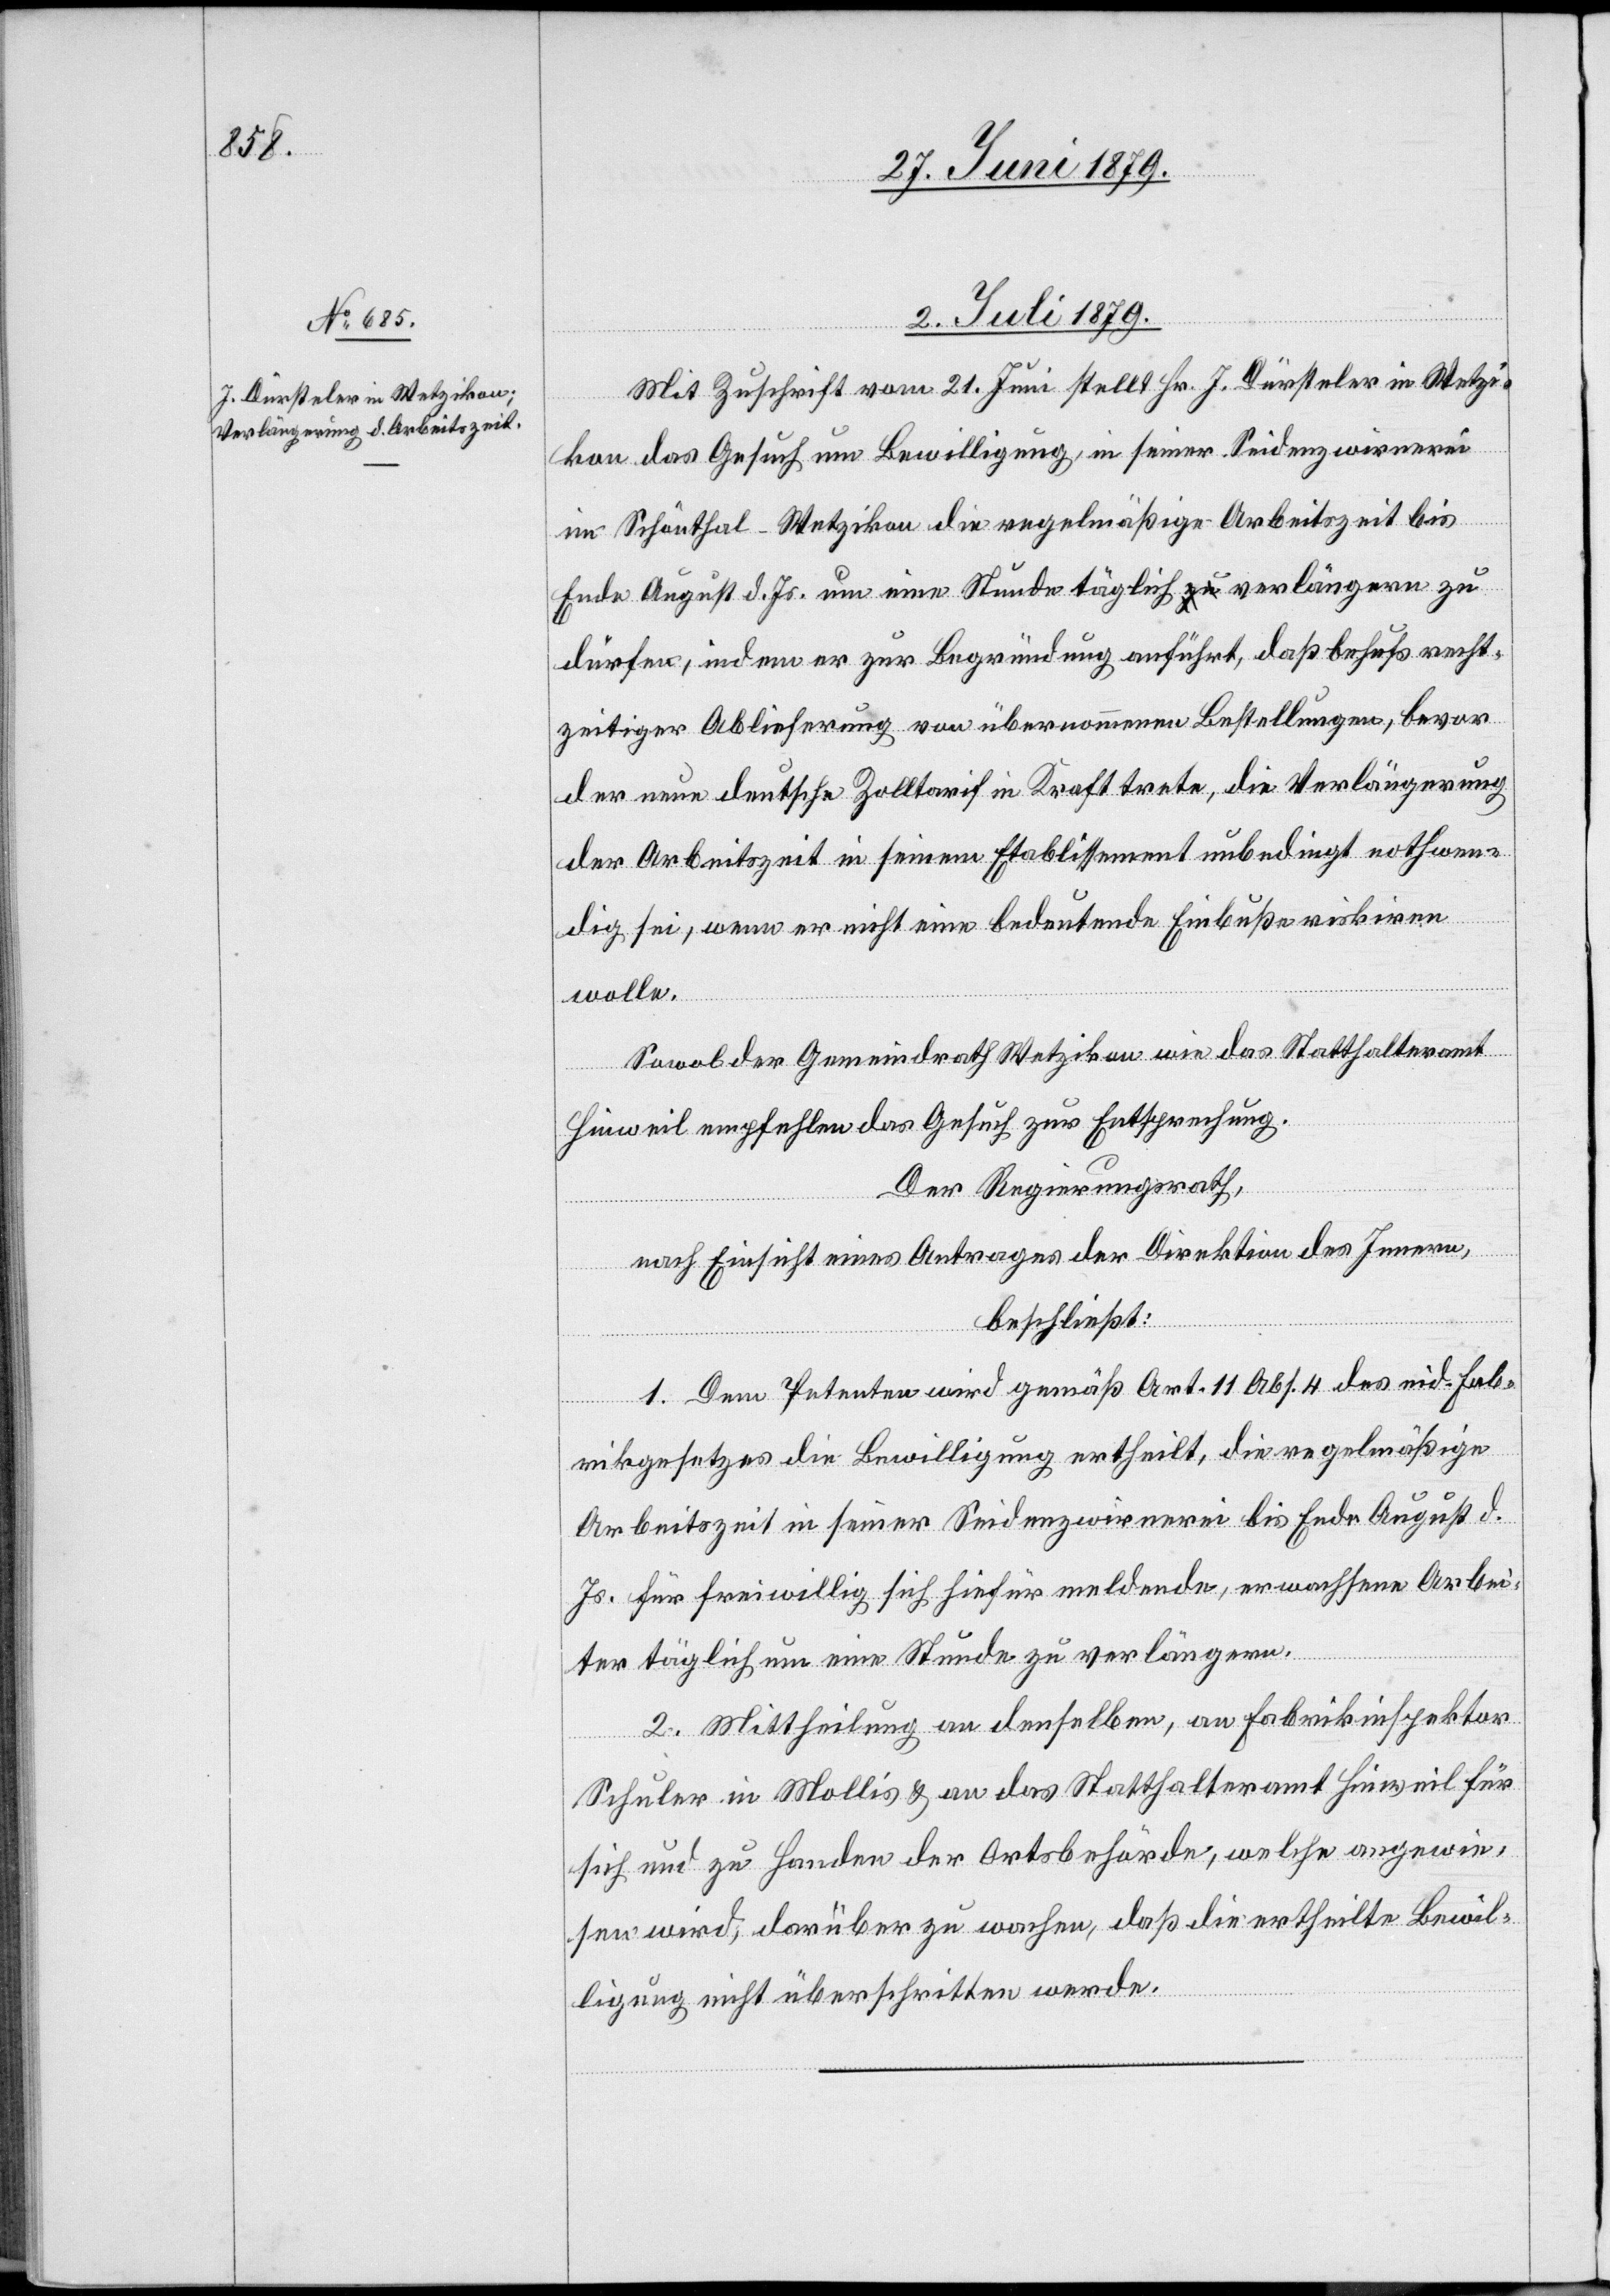
2. Juli 1879.
Mit Zuschrift vom 21. Juni stellt Hr. J. Dürsteler in Wetzi¬
kon das Gesuch um Bewilligung, in seiner Seidenzwirnerei
im Schönthal - Wetzikon die regelmäßige Arbeitszeit bis
Ende August d. Js. um eine Stunde täglich verlängern zu
dürfen, indem er zur Begründung anführt, daß behufs recht¬
zeitiger Ablieferung von übernommenen Bestellungen, bevor
der neue deutsche Zolltarif in Kraft trete, die Verlängerung
der Arbeitszeit in seinem Etablissement unbedingt nothwen¬
dig sei, wenn er nicht eine bedeutende Einbuße riskiren
wolle.
Sowol der Gemeindrath Wetzikon wie das Statthalteramt
Hinweil empfehlen das Gesuch zur Entsprechung.
Der Regierungsrath,
nach Einsicht eines Antrages der Direktion des Innern,
beschließt:
1. Dem Petenten wird gemäß Art. 11 Abs. 4 des eid. Fab¬
rikgesetzes die Bewilligung ertheilt, die regelmäßige
Arbeitszeit in seiner Seidenzwirnerei bis Ende August d.
Js. für freiwillig sich hiefür meldende, erwachsene Arbei¬
ter täglich um eine Stunde zu verlängern.
2. Mittheilung an denselben, an Fabrikinspektor
Schuler in Mollis & an das Statthalteramt Hinweil für
sich und zu Handen der Ortsbehörde, welche angewie¬
sen wird, darüber zu wachen, daß die ertheilte Bewil¬
ligung nicht überschritten werde.